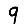
Digit: 9